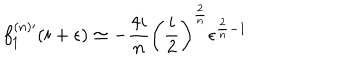
LaTeX: f _ { 1 } ^ { ( n ) \prime } ( i + \epsilon ) \simeq - \frac { 4 i } { n } \left( \frac { i } { 2 } \right) ^ { \frac { 2 } { n } } \epsilon ^ { \frac { 2 } { n } - 1 }